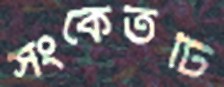
সংকেতটি